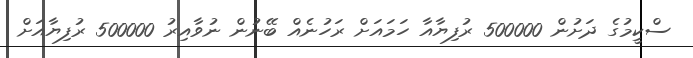
ސްކީމުގެ ދަށުން 500000 ރުފިޔާއާ ހަމައަށް ރަހުނެއް ބޭނުން ނުވާއިރު 500000 ރުފިޔާއަށް